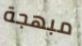
مبهجة